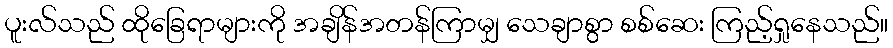
ပူးလ်သည် ထိုခြေရာများကို အချိန်အတန်ကြာမျှ သေချာစွာ စစ်ဆေး ကြည့်ရှုနေသည်။